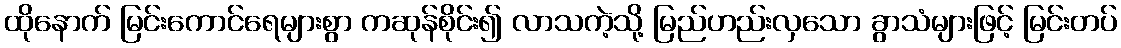
ထိုနောက် မြင်းကောင်ရေများစွာ ကဆုန်စိုင်း၍ လာသကဲ့သို့ မြည်ဟည်းလှသော ခွာသံများဖြင့် မြင်းတပ်